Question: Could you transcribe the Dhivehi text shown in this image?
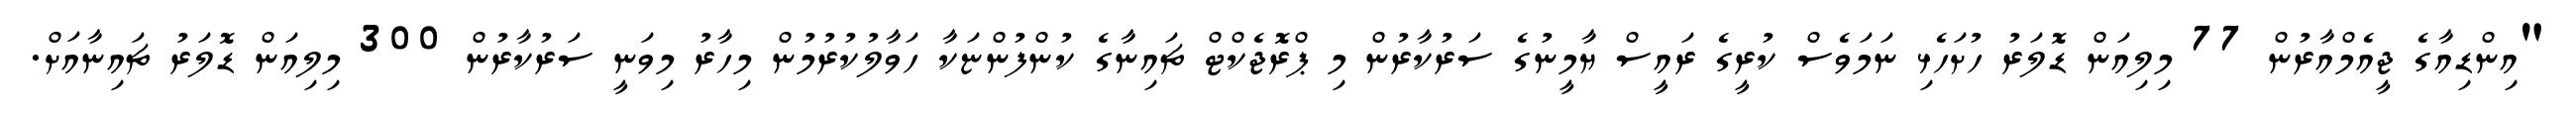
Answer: "އިންޑިއާގެ ޖީއެމްއާރުން 77 މިލިއަން ޑޮލަރު ހުށަހެޅި ނަމަވެސް ކުރީގެ ރައީސް ޔާމީނުގެ ސަރުކާރުން މި ޕްރޮޖެކްޓް ޗައިނާގެ ކުންފުންޏަކާ ހަވާލުކުރުމުން މިހާރު މިވަނީ ސަރުކާރުން 300 މިލިއަން ޑޮލަރު ޗައިނާއަށް.